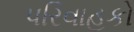
પરિવાહકો